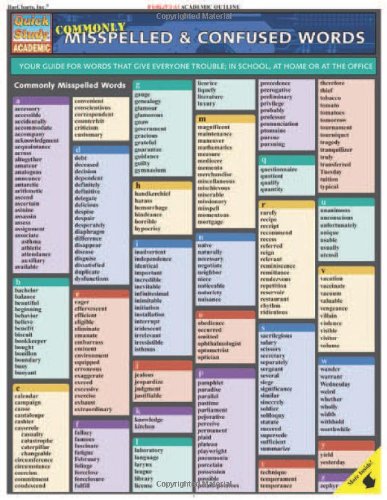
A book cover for Commonly Misspelled And Confused Words (Quickstudy: Academic); Inc. BarCharts; Reference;